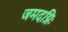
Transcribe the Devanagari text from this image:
जमदग्निः